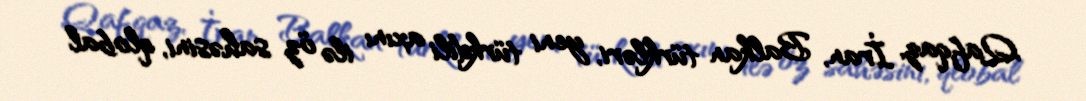
Qafqaz, İran, Balkan türkləri, yeni türkdili axını ilə öz sahəsini, qlobal